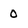
Character: 0